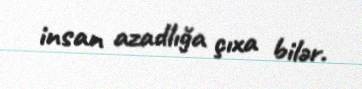
insan azadlığa çıxa bilər.